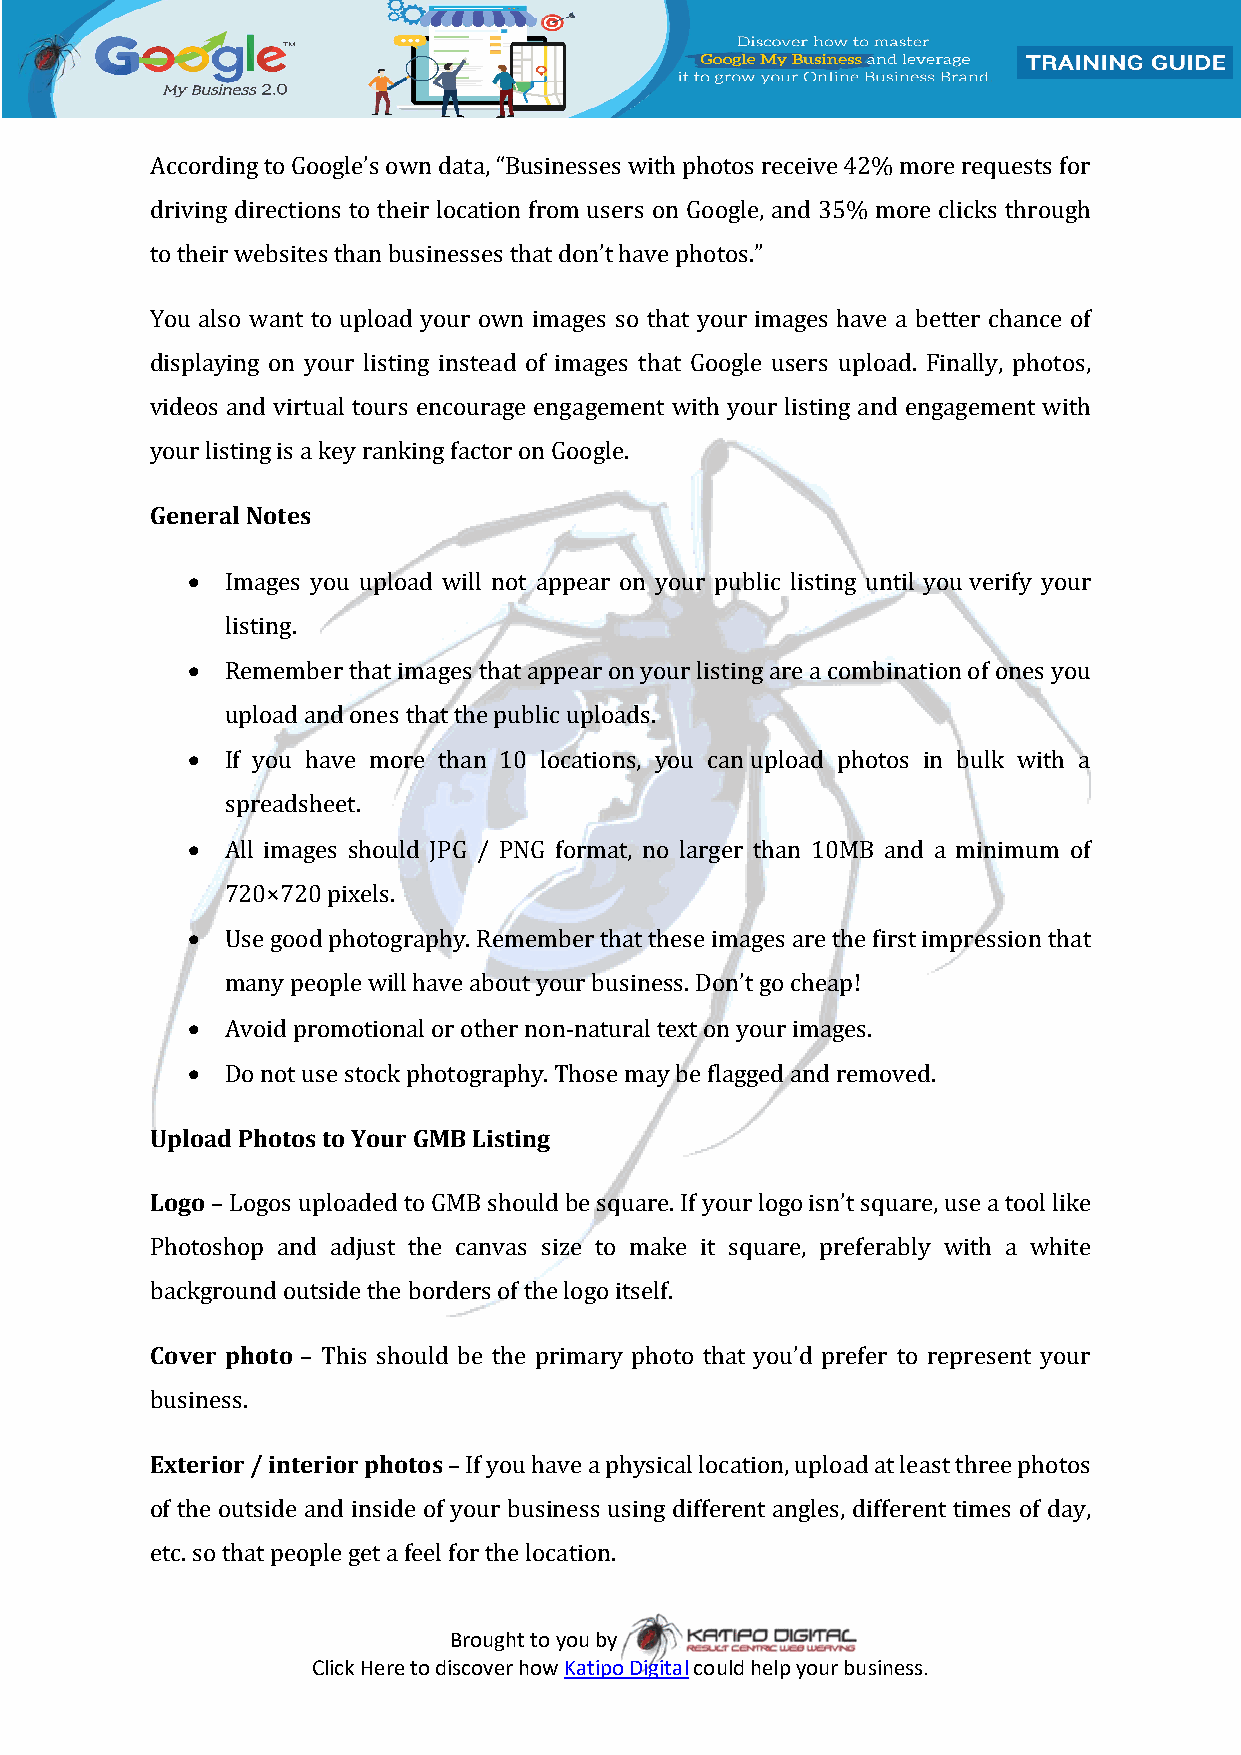
According to Google’s own data, “Businesses with photos receive 42% more requests for
 driving directions to their location from users on Google, and 35% more clicks through
 to their websites than businesses that don’t have photos.”
 You also want to upload your own images so that your images have a better chance of
 displaying on your listing instead of images that Google users upload. Finally, photos,
 videos and virtual tours encourage engagement with your listing and engagement with
 your listing is a key ranking factor on Google.
 General Notes
   Images you upload will not appear on your public listing until you verify your
 listing.
   Remember that images that appear on your listing are a combination of ones you
 upload and ones that the public uploads.
   If you have more than 10 locations, you can upload photos in bulk with a
 spreadsheet.
   All images should JPG / PNG format, no larger than 10MB and a minimum of
 720×720 pixels.
   Use good photography. Remember that these images are the first impression that
 many people will have about your business. Don’t go cheap!
   Avoid promotional or other non-natural text on your images.
   Do not use stock photography. Those may be flagged and removed.
 Upload Photos to Your GMB Listing
 Logo – Logos uploaded to GMB should be square. If your logo isn’t square, use a tool like
 Photoshop and adjust the canvas size to make it square, preferably with a white
 background outside the borders of the logo itself.
 Cover photo – This should be the primary photo that you’d prefer to represent your
 business.
 Exterior / interior photos – If you have a physical location, upload at least three photos
 of the outside and inside of your business using different angles, different times of day,
 etc. so that people get a feel for the location.
 Brought to you by
 Click Here to discover how Katipo Digital could help your business.